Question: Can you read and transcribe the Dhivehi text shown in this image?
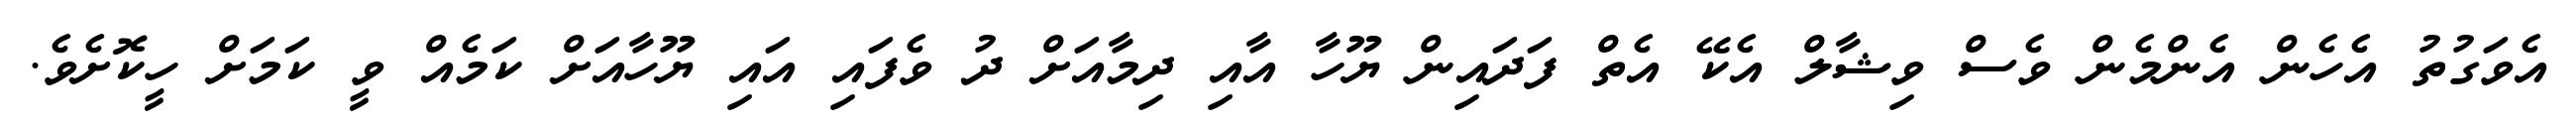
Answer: އެވަގުތު އެހެން އެންމެން ވެސް ވިޝާލް އެކޭ އެތް ފަދައިން ޔޫހާ އާއި ދިމާއަށް ދު ވެފައި އައި ޔޫހާއަށް ކަމެއް ވީ ކަމަށް ހީކޮށެވެ.